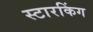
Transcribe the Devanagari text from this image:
स्‍टारकिंग